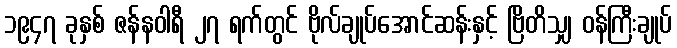
၁၉၄၇ ခုနှစ် ဇန်နဝါရီ ၂၇ ရက်တွင် ဗိုလ်ချုပ်အောင်ဆန်းနှင့် ဗြိတိသျှ ဝန်ကြီးချုပ်